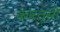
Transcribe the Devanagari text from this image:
कारतूसी